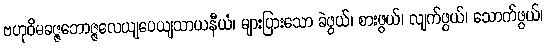
ဗဟုဝိဓခဇ္ဇဘောဇ္ဇလေယျပေယျသာယနီယံ၊ များပြားသော ခဲဖွယ်၊ စားဖွယ်၊ လျက်ဖွယ်၊ သောက်ဖွယ်၊